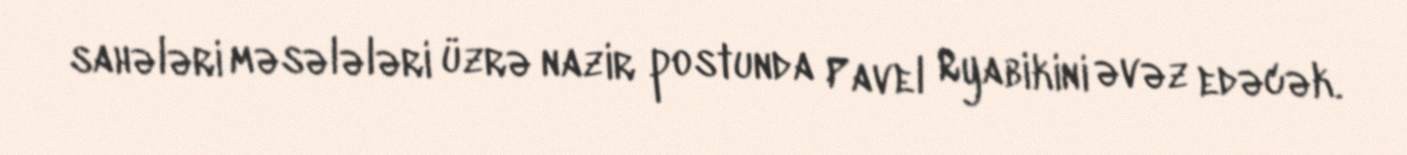
sahələri məsələləri üzrə nazir postunda Pavel Ryabikini əvəz edəcək.